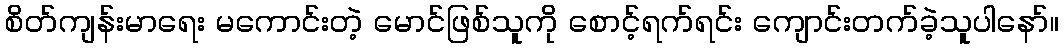
စိတ်ကျန်းမာရေး မကောင်းတဲ့ မောင်ဖြစ်သူကို စောင့်ရက်ရင်း ကျောင်းတက်ခဲ့သူပါနော်။